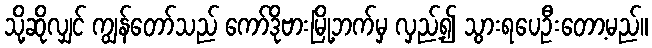
သို့ဆိုလျှင် ကျွန်တော်သည် ကော်ဒိုဗားမြို့ဘက်မှ လှည့်၍ သွားရပေဦးတော့မည်။